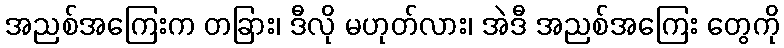
အညစ်အကြေးက တခြား၊ ဒီလို မဟုတ်လား၊ အဲဒီ အညစ်အကြေး တွေကို